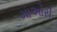
માઅોરી